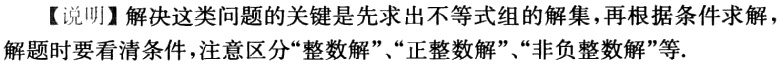
【说明】解决这类问题的关键是先求出不等式组的解集，再根据条件求解，解题时要看清条件，注意区分“整数解”、“正整数解”、“非负整数解”等.